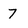
Character: 7